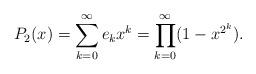
LaTeX: \begin{align*}P_2(x)=\sum_{k=0}^\infty e_k x^k=\prod_{k=0}^\infty(1-x^{2^k}).\end{align*}